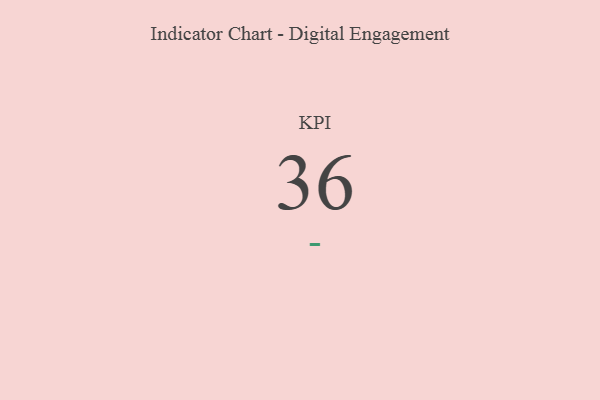
{"axis": {"x": "KPI", "y": "Value"}, "legend": [""], "data": [{"x": "KPI", "y": 36, "type": ""}]}